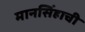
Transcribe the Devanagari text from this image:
मानसिंहाची